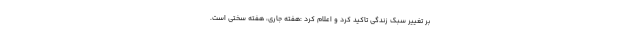
بر تغییر سبک زندگی تاکید کرد و اعلام کرد :هفته جاری، هفته سختی است.